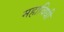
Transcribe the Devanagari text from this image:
महाविधी